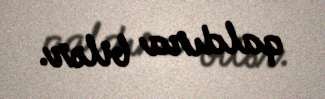
qaldıra bilər.